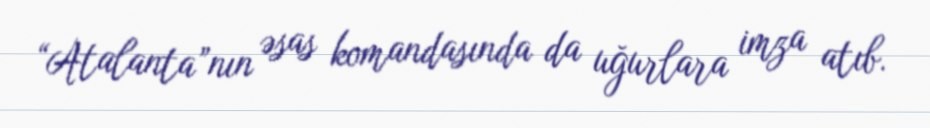
“Atalanta”nın əsas komandasında da uğurlara imza atıb.